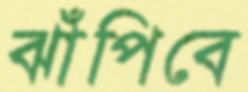
ঝাঁপিবে